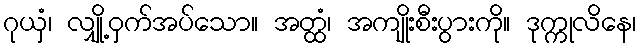
ဂုယှံ၊ လျှို့ဝှက်အပ်သော။ အတ္ထံ၊ အကျိုးစီးပွားကို။ ဒုက္ကုလိနေ၊